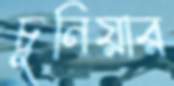
চুনিয়ার